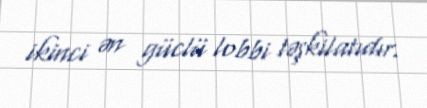
ikinci ən güclü lobbi təşkilatıdır.